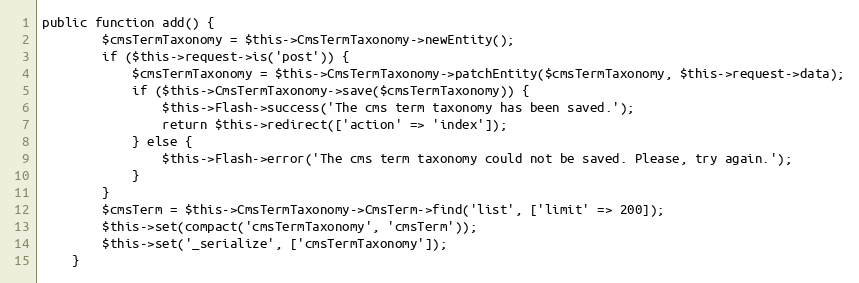
Language: PHP
public function add() {
        $cmsTermTaxonomy = $this->CmsTermTaxonomy->newEntity();
        if ($this->request->is('post')) {
            $cmsTermTaxonomy = $this->CmsTermTaxonomy->patchEntity($cmsTermTaxonomy, $this->request->data);
            if ($this->CmsTermTaxonomy->save($cmsTermTaxonomy)) {
                $this->Flash->success('The cms term taxonomy has been saved.');
                return $this->redirect(['action' => 'index']);
            } else {
                $this->Flash->error('The cms term taxonomy could not be saved. Please, try again.');
            }
        }
        $cmsTerm = $this->CmsTermTaxonomy->CmsTerm->find('list', ['limit' => 200]);
        $this->set(compact('cmsTermTaxonomy', 'cmsTerm'));
        $this->set('_serialize', ['cmsTermTaxonomy']);
    }